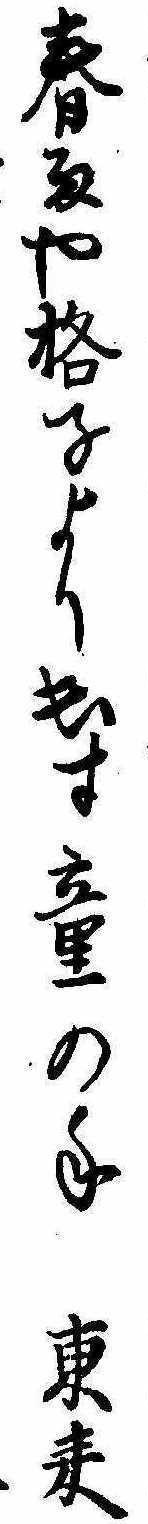
春雨や格子より出す童の手東来